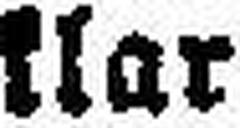
klar